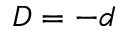
D = - d